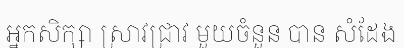
អ្នកសិក្សា ស្រាវជ្រាវ មួយចំនួន បាន សំដែង